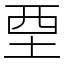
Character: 垔